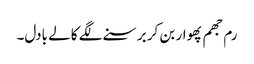
رم جھم پھوار بن کر برسنے لگے کالے بادل۔